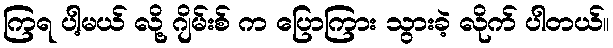
ကြရ ပါ့မယ် လို့ ဂျိမ်းစ် က ပြောကြား သွားခဲ့ လိုက် ပါတယ်။